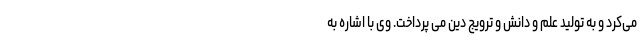
می‌کرد و به تولید علم و دانش و ترویج دین می پرداخت. وی با اشاره به